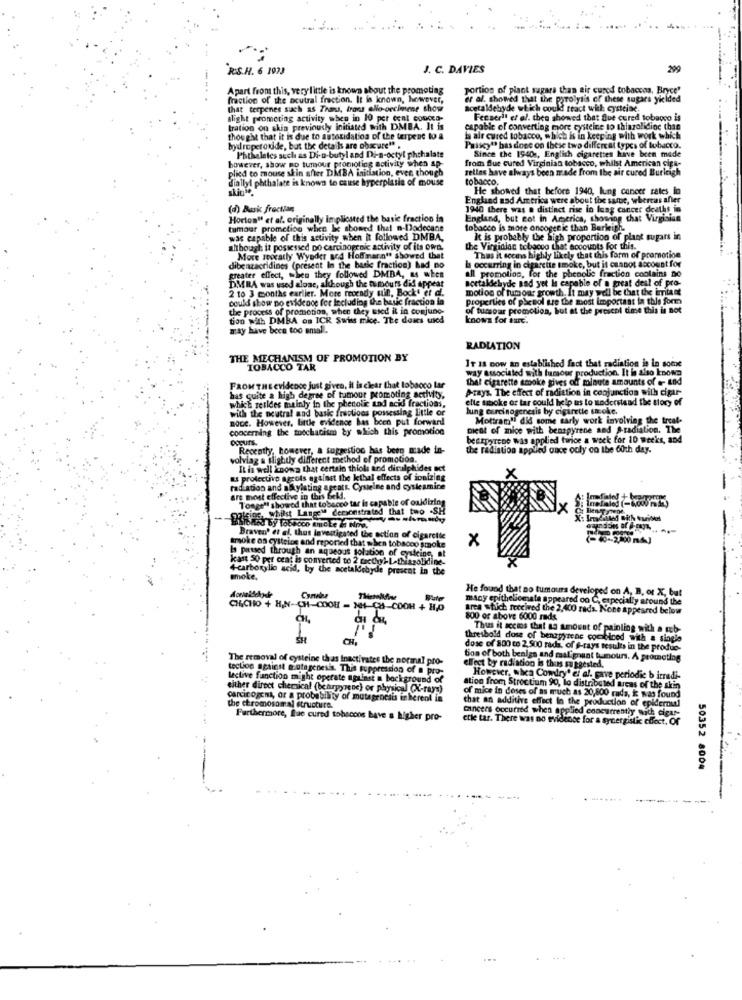
RIS.H. 6 1923
J. C. DAVIES
299
Apart from this, very little is known about the promoting
portion of plant sugars than air cured tobaccos, Bryce"
fraction of the acutral fraction. It is known, however,
er al. showed that the pyrolysis of these sugars yielded
that terpenes such as Thans, trons ello-orcimene show
acetaldebyde which could react with cysteine
slight promoting activity when in 10 per cent concen-
Fecserl' et al. then showed that Blue cured tobacco is
tration on skin previously initiated with DMBA. It is
capable of converting more cysteine to thiagolidioc than
thought that it is due to autoxidation of the terpene to a
h air cured tobacco, which is in keeping with work which
bydroperoxide, but the details are obscure" .
Paiscy" bas done on these two different types of tobacco.
Since the 1940s, English cigarettes have been made
however, show no tumour promoting activity when ap-
Phthaletes such as Di-u-butyl and Di-a-octyl phthalate
from flue cured Virginian tobacco, whilst American ciga-
plied to mouse skin after DMBA initiation, even though
selles have always been made from the air cured Burleigh
diallyl phthalate is known to cause by
hyperplasia of mouse
tobacco,
He showed that before 1940, lung cancer rates in
England aad America were about the same, whereas afler
(d) Busk fraction
1940 there was a distinct rise in lung cancer deaths in
Horton" et al. originally implicated the basic fraction in
England, but cot in America, showing that Virginian
tumour prometiog when Iie showed that n-Dodecane
tobacco is more oncogenic than Barkeiph.
was capable of this activity when it followed DMBA,
It is probably the high proportion of plant sugars in
although it possessed Do carcinogenic activity of its own.
the Virginlan tobacco that accounts for this.
More stically Wyoder and Hoffmann" showed that
Thus it seems highly likely that this form of promotion
dibenzacridines (present In the basic fraction) had no
b occurring in cigarette smoke, but it cannot account for
all promolion, for the phenolie fraction coolains Do
greater effect, when they followed DMBA, as when
acetaldebyde nad yet Is capable of a great deal of pro-
DMRA was used alose, although the amours did appear
2 10 3 months earlier. More recendy til. Bock' et al.
motion of tumour growth. It may well be that the imtant
could show no evidence for lecluding the basic fraction in
properties of phenol are the most important in this form
the process of promotion, when they used it in conjune-
of tumsour promotion, but at the prescol time this is not
tion with DMBA on ICR Swiss mice. The doses wied
known for auc.
may have been too small.
RADIATION
THE MECHANISM OF PROMOTION BY
It Is now an established fact that radiation is in some
TOBACCO TAR
way associated with tumour production. It is also known
that cigarette smoke gives od minute amounts of . and
FROM THE evidence just given, it is clear that tobacco lar
Prays. The effect of radiation in conjunction with cigar-
has quite a high degree of tumour promoting activity,
which retides mainly in the phenolic and acid fractions,
elle saboke or tar could help us to moderstead the story of
with the neutral and basic fractions possessing Little or
hung carcinogenesis by cigarette stroke.
noce. However, Little evidence has been put forward
Mottram'l did some early work involving the treat-
concerning the mechanism by which this promotion
DIcot of mice with benapyrene and &radiation. The
Occurs.
beszpyrene was applied twrice a wock for 10 weeks, and
Recently, however, a suggestion has been made in-
the radiation applied once ocly co the 60th day.
volviag a slightly different method of promotion.
It in well known that certain thiols and disulphides act
X
u protective ageols against the kthal effects of ionizing
rad ation and abylating apeats. Cysteine and cysleamine
are most effective in this Geld.
Toogell showed that tobacco tar is capable of oxidizing
alsing, whilst Lange" dersonstrated that two .SH
BerT 402.
Braven' et al. thus Investigated the ection of cigarette
la passed through an aqueous solution of cysteine, at
smoke on cystelog and reported that when tobacoo smoke
x
kast 50 per cent is converted to 2 facthyl-L-thiazolidine-
4-carboxylic acid, by the acetaldebyde present in the
smoke.
He found that no tumours developed on A, B, or X, but
many epitheliomala appeared oo C. especially around the
CHICHO + H,N-CH-COOH - NH-CH-COOH + H,O
area which frecived the 2.400 rads. None appeared below
CH,
800 or above 6000 rads.
is it seems that as amount of painting with a mob-
CH.
threshold dose of benzpyrene combined with a single
dose of 800 co 2.500 rads, of @-rays results in the produc-
The removal of cysteine thas Inactivates the normal pro-
tion of both benign and malignant tumours. A promoting
tectoe against e.utagenesis. This suppression of @ pro-
Fect by radiation is thus suggested.
lective function might operate against a background of
However, wica Condry' el al. gave periodic b irradi-
either direct chemical (bearpyrene) or physical (X-rays)
ation from Stroctium 90, lo distributed areas of the skin
carcinogens, or a probability of mutagenesis inherent in
of mice in doses of as much as 20,800 rada, i was found
that an additive effect In the production of epidernul
the chromosomal structure.
cancers occurred when applied concurrently with cigar-
Furthermore, Que cured tobscons bave a higher pro-
ctle tar. There was no evidence for a synergistic effect, Of
50352 8004